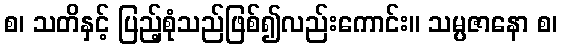
စ၊ သတိနှင့် ပြည့်စုံသည်ဖြစ်၍လည်းကောင်း။ သမ္ပဇာနော စ၊